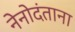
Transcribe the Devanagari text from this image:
नेनोदंताना